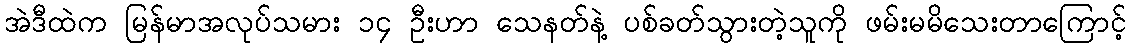
အဲဒီထဲက မြန်မာအလုပ်သမား ၁၄ ဦးဟာ သေနတ်နဲ့ ပစ်ခတ်သွားတဲ့သူကို ဖမ်းမမိသေးတာကြောင့်